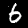
Label: 6